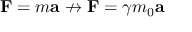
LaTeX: \mathbf { F } = m \mathbf { a } \nrightarrow \mathbf { F } = \gamma m _ { 0 } \mathbf { a }